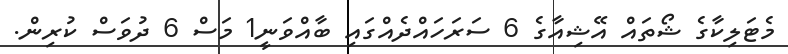
މެޓަލިކާގެ ޝޯތައް އޭޝިއާގެ 6 ސަރަހައްދެއްގައި ބާއްވަނީ1 މަސް 6 ދުވަސް ކުރިން.